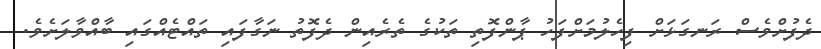
ދެފުށްވެސް ރަނގަޅަށް ފިހެލުމަށްފަހު ޕާންފޮތި ތަކުގެ ތެރެއިން ދެފޮތު ނަގާފައި ތައްޓެއްގައި ބާއްވާލަށެވެ.